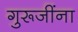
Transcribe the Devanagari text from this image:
गुरूजींना